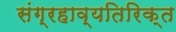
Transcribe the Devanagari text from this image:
संग्रहाव्यतिरिक्त